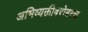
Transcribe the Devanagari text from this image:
अभिव्यक्तीबरोबरच